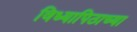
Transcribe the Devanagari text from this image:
विध्यापिठाच्या